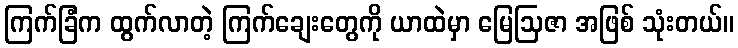
ကြက်ခြံက ထွက်လာတဲ့ ကြက်ချေးတွေကို ယာထဲမှာ မြေဩဇာ အဖြစ် သုံးတယ်။